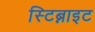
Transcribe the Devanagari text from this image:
स्टिब्नाइट